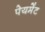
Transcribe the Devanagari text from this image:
पेयमेंट